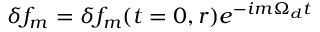
\delta f _ { m } = \delta f _ { m } ( t = 0 , r ) e ^ { - i m \Omega _ { d } t }